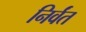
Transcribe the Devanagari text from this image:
निर्वंत